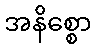
အနိစ္စော